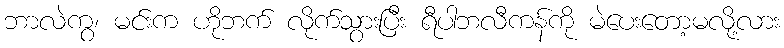
ဘာလဲကွ၊ မင်းက ဟိုဘက် လိုက်သွားပြီး ရီပါဘလီကန်ကို မဲပေးတော့မလို့လား